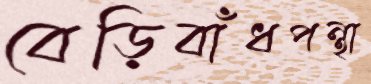
বেড়িবাঁধপন্থা